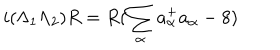
i ( \Lambda _ { 1 } \Lambda _ { 2 } ) R = R ( \sum _ { \alpha } a _ { \alpha } ^ { + } a _ { \alpha } - 8 )